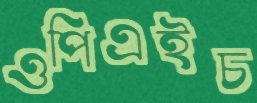
ওপিএইচ